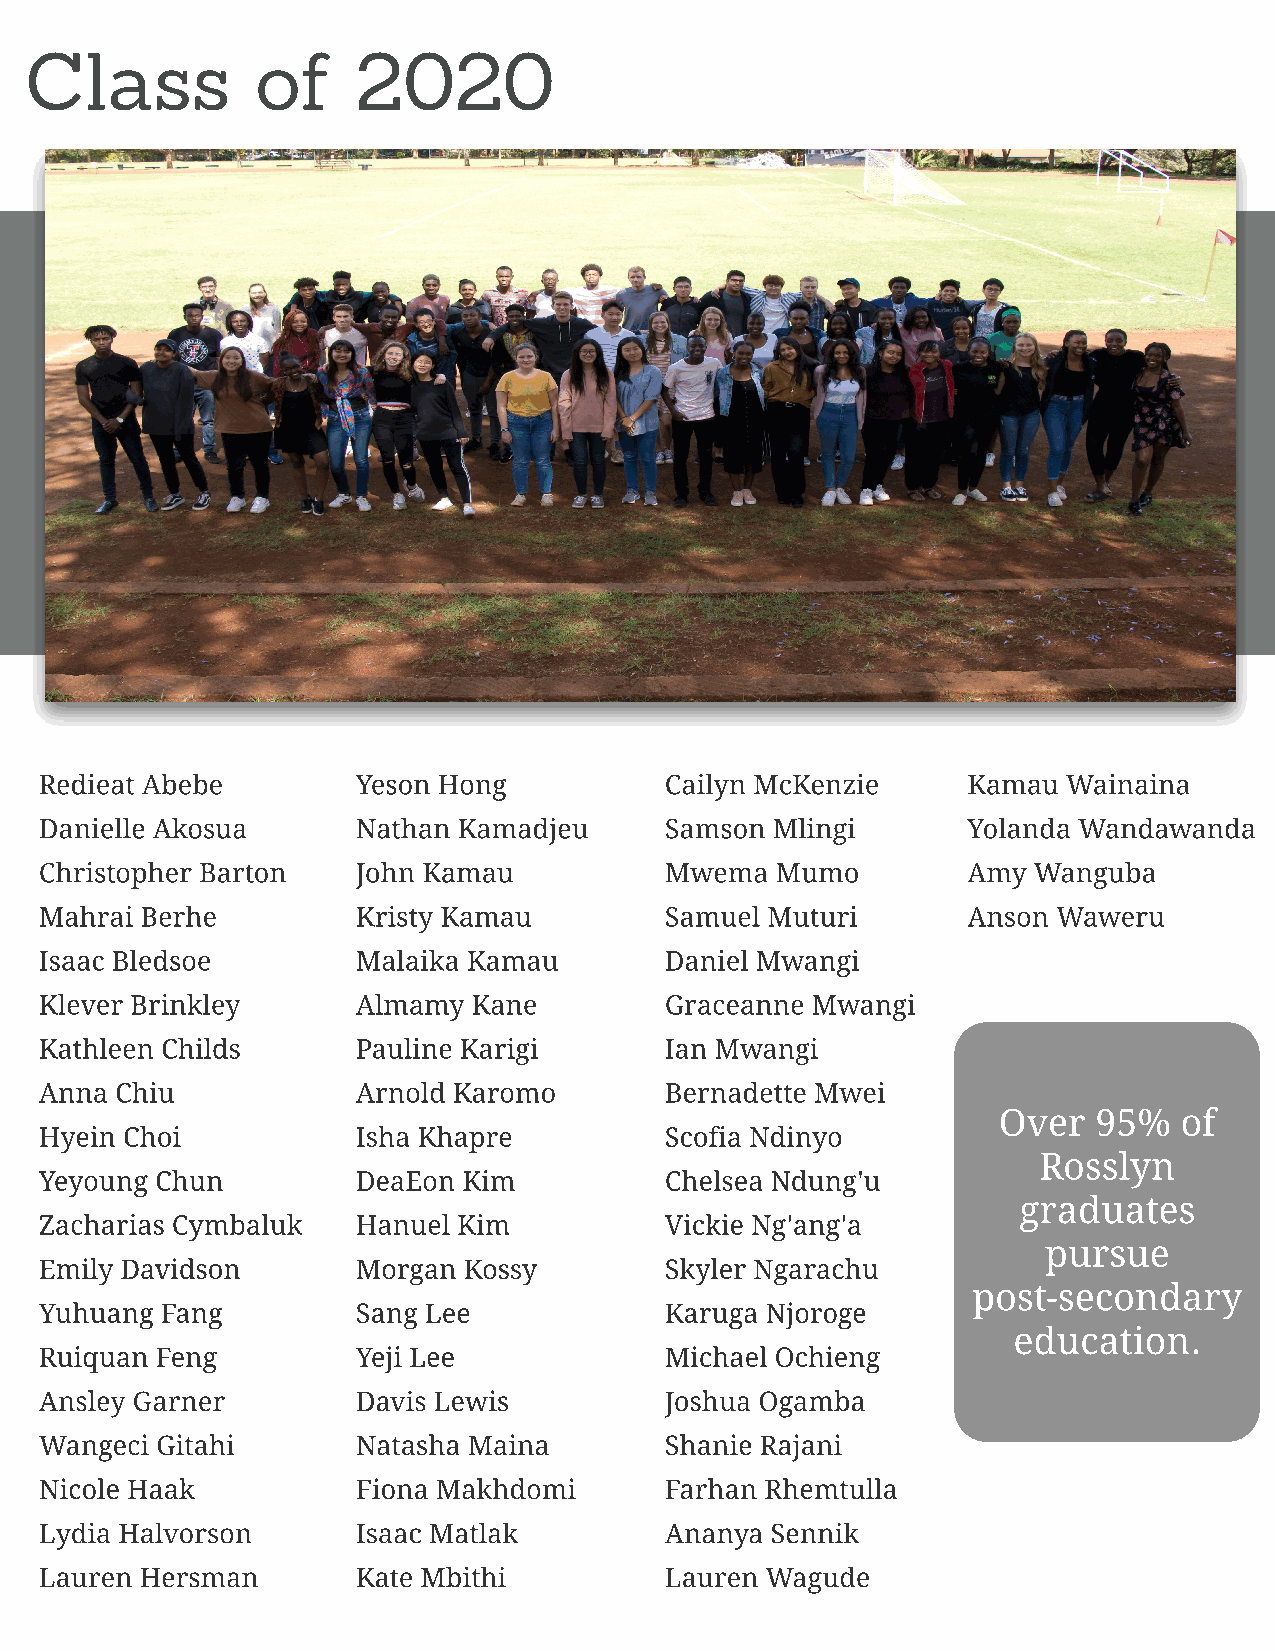
Class          of     20    20
 Redieat Abebe        Yeson Hong          Cailyn McKenzie     Kamau  Wainaina
 Danielle Akosua      Nathan Kamadjeu     Samson Mlingi       Yolanda Wandawanda
 Christopher Barton   John Kamau          Mwema  Mumo         Amy Wanguba
 Mahrai Berhe         Kristy Kamau        Samuel Muturi       Anson Waweru
 Isaac Bledsoe        Malaika Kamau       Daniel Mwangi
 Klever Brinkley      Almamy Kane         Graceanne Mwangi
 Kathleen Childs      Pauline Karigi      Ian Mwangi
 Anna Chiu            Arnold Karomo       Bernadette Mwei
 Over   95%  of
 Hyein Choi           Isha Khapre         Scofia Ndinyo
 Rosslyn
 Yeyoung Chun         DeaEon Kim          Chelsea Ndung'u
 graduates
 Zacharias Cymbaluk   Hanuel Kim          Vickie Ng'ang'a
 pursue
 Emily Davidson       Morgan Kossy        Skyler Ngarachu
 post-secondary
 Yuhuang Fang         Sang Lee            Karuga Njoroge
 education.
 Ruiquan Feng         Yeji Lee            Michael Ochieng
 Ansley Garner        Davis Lewis         Joshua Ogamba
 Wangeci Gitahi       Natasha Maina       Shanie Rajani
 Nicole Haak          Fiona Makhdomi      Farhan Rhemtulla
 Lydia Halvorson      Isaac Matlak        Ananya Sennik
 Lauren Hersman       Kate Mbithi         Lauren Wagude